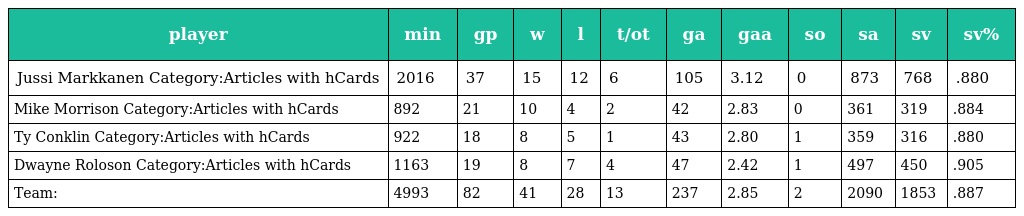
| player | min | gp | w | l | t/ot | ga | gaa | so | sa | sv | sv% |
 | --- | --- | --- | --- | --- | --- | --- | --- | --- | --- | --- | --- |
 | Jussi Markkanen Category:Articles with hCards | 2016 | 37 | 15 | 12 | 6 | 105 | 3.12 | 0 | 873 | 768 | .880 |
 | Mike Morrison Category:Articles with hCards | 892 | 21 | 10 | 4 | 2 | 42 | 2.83 | 0 | 361 | 319 | .884 |
 | Ty Conklin Category:Articles with hCards | 922 | 18 | 8 | 5 | 1 | 43 | 2.80 | 1 | 359 | 316 | .880 |
 | Dwayne Roloson Category:Articles with hCards | 1163 | 19 | 8 | 7 | 4 | 47 | 2.42 | 1 | 497 | 450 | .905 |
 | Team: | 4993 | 82 | 41 | 28 | 13 | 237 | 2.85 | 2 | 2090 | 1853 | .887 |